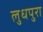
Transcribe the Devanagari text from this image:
लुधपुरा